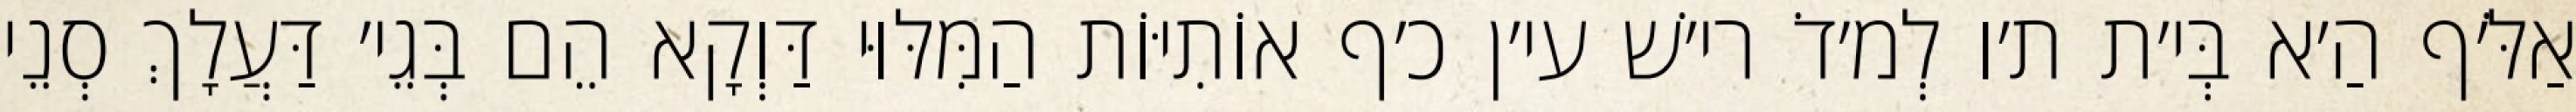
אַלֹּ׳ף הַ׳א בְּי׳ת ת׳ו לְמ׳דֹ רי׳שׁ עי׳ן כ׳ף אוֹתִיּוֹת הַמִּלּוּי דַּוְקָא הֵם בְּגֵי׳ דַּעֲלָךְ סְנֵי